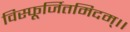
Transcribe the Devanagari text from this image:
विस्फूर्जितमिदम्।।